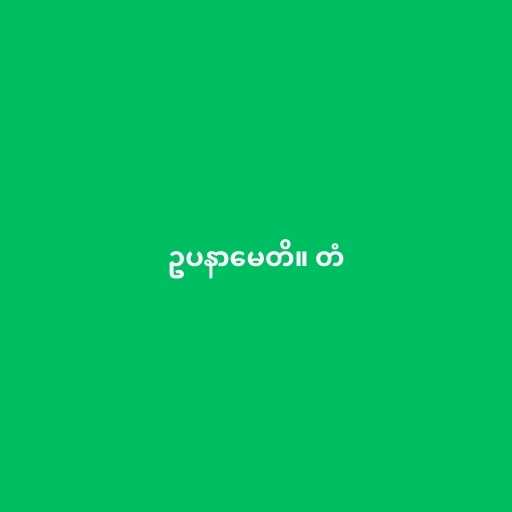
ဥပနာမေတိ။ တံ